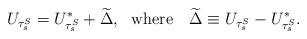
LaTeX: \begin{align*}U_{\tau_s^S} = U_{\tau_s^S}^* + \widetilde{\Delta},~\mbox{ where }~~\widetilde{\Delta} \equiv U_{\tau_s^S} - U_{\tau_s^S}^*.\end{align*}